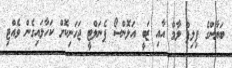
ބަޔާންގެ ފިލިޕް ލާމް އާއި ޒަބީ އަލޮންސޯ ޕެނަލްޓީ ޖަހަނިކޮށް ކަހާލައިގެން ވެއްޓި